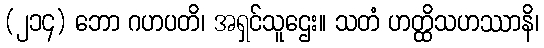
(၂၁၄) ဘော ဂဟပတိ၊ အရှင်သူဌေး။ သတံ ဟတ္ထိသဟဿာနိ၊